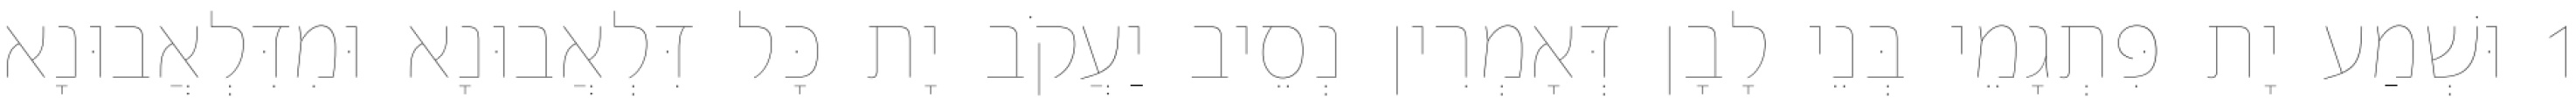
1 וּשְׁמַע יָת פִּתְגָמֵי בְּנֵי לָבָן דְּאָמְרִין נְסֵיב יַעֲקֹב יָת כָּל דִּלְאֲבוּנָא וּמִדִּלְאֲבוּנָא